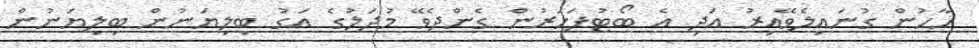
ހާހުން ގުނައިލެވޭއިރު އަދި އެ ބޯޓުފަހަރުން ގެންދެވޭ މުދަލުގެ އަގު ބިލިޔަނުން ބިލިޔަނުން